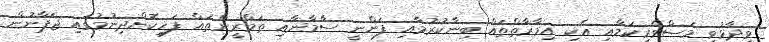
ވިދާޅުވީ މަސްވެރިކަމާއި އެކި އިމާރާތްތައް ބިނާކުރުމާއި ފަންނީ ސާމާނާއި ތަމްރީންތައް ފަހިކޮށްދިނުމުގައި ޖަޕާނުން